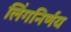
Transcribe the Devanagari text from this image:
लिंगनिर्णय